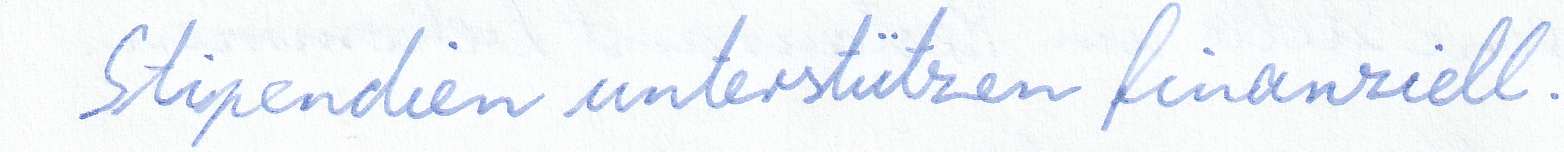
Stipendien unterstützen finanziell.